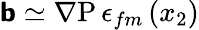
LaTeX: \boldsymbol{\mathsf{b}}\simeq\mathrm{{\nabla{P}}}\, \epsilon_{fm}\left(x_{2}\right)